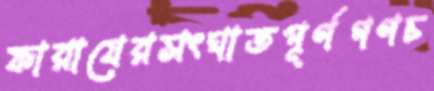
ফারাযেরসংঘাতপূর্ণগণচ